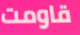
قاومت